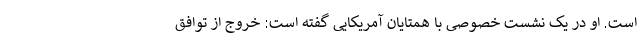
است. او در یک نشست خصوصی با همتایان آمریکایی گفته است: خروج از توافق